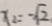
x _ { 2 } = - \sqrt { 2 }